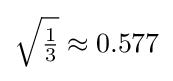
{\sqrt {\tfrac {1}{3}}}\approx 0.577